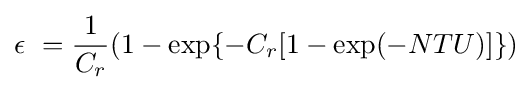
\epsilon \ ={\frac {1}{C_{r}}}(1-\exp\{-C_{r}[1-\exp(-NTU)]\})